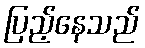
ပြည့်နေသည်